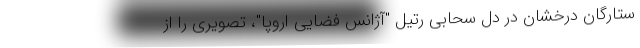
ستارگان درخشان در دل سحابی رتیل "آژانس فضایی اروپا"، تصویری را از